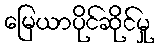
မြေယာပိုင်ဆိုင်မှု